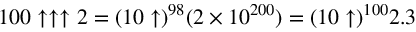
1 0 0 \uparrow \uparrow \uparrow 2 = ( 1 0 \uparrow ) ^ { 9 8 } ( 2 \times 1 0 ^ { 2 0 0 } ) = ( 1 0 \uparrow ) ^ { 1 0 0 } 2 . 3